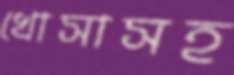
খোসাসহ